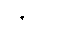
တင့်